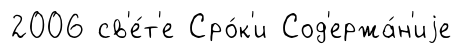
2006 св'е́т'е Сро́к'и Сод'ержа́н'иjе